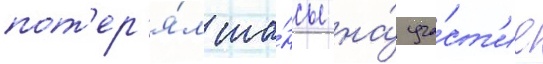
пот'ер'я́л ша́нсы на́ уча́ст'ие